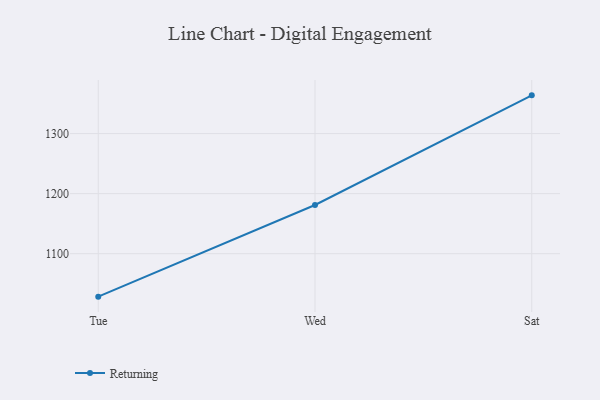
{"axis": {"x": "Day", "y": "Inventory Turnover"}, "legend": ["Returning"], "data": [{"x": "Tue", "y": 1028.4, "type": "Returning"}, {"x": "Wed", "y": 1181.1, "type": "Returning"}, {"x": "Sat", "y": 1363.7, "type": "Returning"}]}